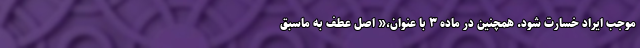
موجب ایراد خسارت شود. همچنین در ماده ۳ با عنوان،« اصل عطف به ماسبق